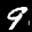
Label: 9